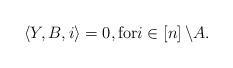
LaTeX: \begin{align*}\left\langle Y,B,i\right\rangle =0,{\rm for}i\in\left[n\right]\backslash A.\end{align*}